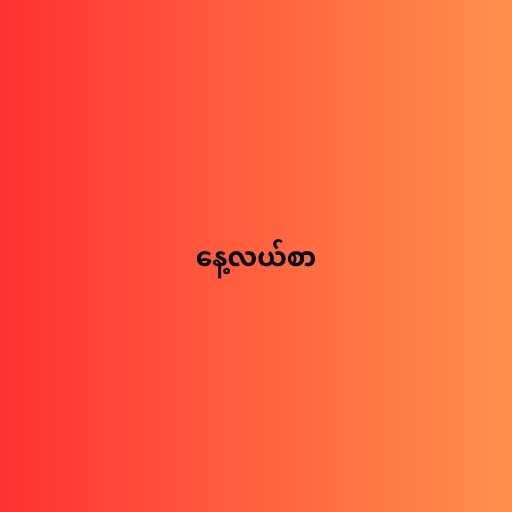
နေ့လယ်စာ